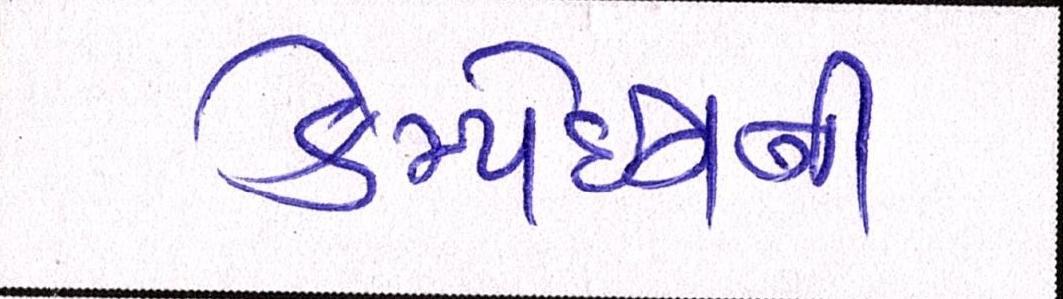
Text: કેમ્પેઇનની